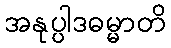
အနုပ္ပါဒဓမ္မာတိ